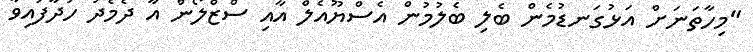
"މިހާތަނަށް އަޅުގަނޑުމެން ބެލި ބެލުމުން އެސްޔޫއެލް އާއި ސްޒްލޯން އާ ދެމެދު ހަދާފައިވާ